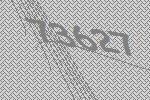
73627